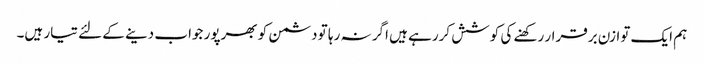
ہم ایک توازن برقرار رکھنے کی کوشش کررہے ہیں اگر نہ رہا تو دشمن کو بھرپور جواب دینے کے لئے تیار ہیں۔